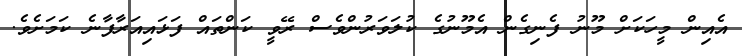
އެއިން މީހަކަށް މޫނު ފެނިގެން އެމޫނުގެ ކުލަވަރުންވެސް ރޭވީ ކަންތައް ފަޅައިއަރާފާނެ ކަމަށެވެ.